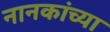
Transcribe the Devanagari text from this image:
नानकांच्या